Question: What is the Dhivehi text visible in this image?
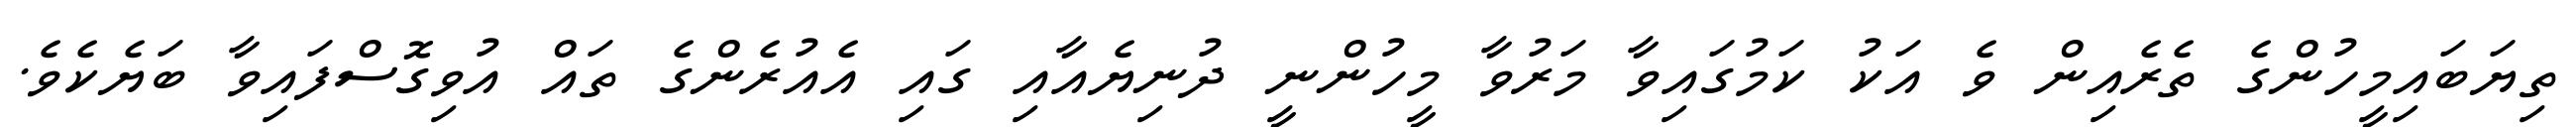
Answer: ތިޔަބައިމީހުންގެ ތެރެއިން ވެ އަކު ކަމުގައިވާ މަރުވާ މީހުންނީ ދުނިޔެއާއި ގައި އެއުރެންގެ ތައް އުވިގޮސްފައިވާ ބަޔެކެވެ.